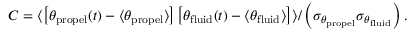
C = \langle \left[ \theta _ { \mathrm { p r o p e l } } ( t ) - \langle \theta _ { \mathrm { p r o p e l } } \rangle \right] \left[ \theta _ { \mathrm { f l u i d } } ( t ) - \langle \theta _ { \mathrm { f l u i d } } \rangle \right] \rangle / \left( \sigma _ { \theta _ { \mathrm { p r o p e l } } } \sigma _ { \theta _ { \mathrm { f l u i d } } } \right) .